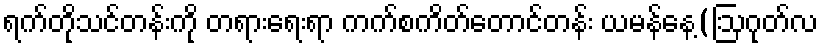
ရက်တိုသင်တန်းကို တရားရေးရာ ကက်စကိတ်တောင်တန်း ယမန်နေ့(ဩဂုတ်လ